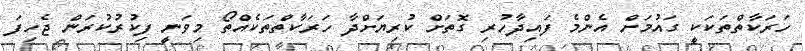
ހަރަކާތްތަކަކީ ގައުމަށް އެންމެ ފައިދާހުރި ގޮތަށް ކުރިޔަށްދާ ހަރަކާތްތަކެއްތޯ މިވަނީ ފިކުރުކުރަން ޖެހިފަ